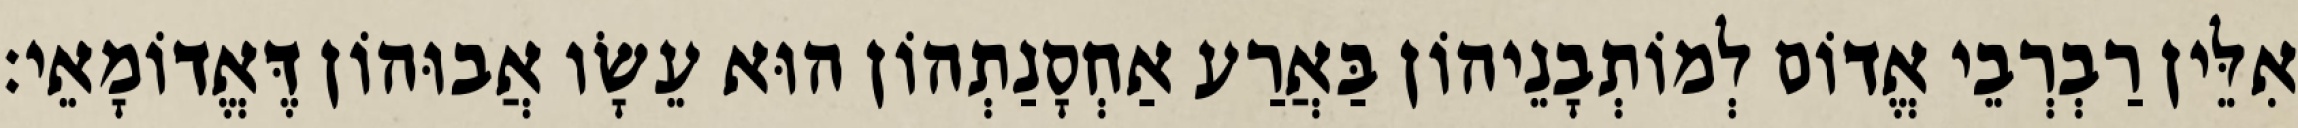
אִלֵּין רַבְרְבֵי אֱדוֹם לְמוֹתְבָנֵיהוֹן בַּאֲרַע אַחְסָנַתְהוֹן הוּא עֵשָׂו אֲבוּהוֹן דֶּאֱדוֹמָאֵי׃